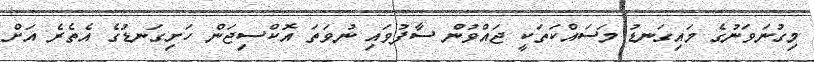
މިގުނަވަނުގެ މައިގަނޑު މަސައްކަތަކީ ޖައްވުން ސާފުވައި ނުވަތަ އޮކްސިޖަން ހަށިގަނޑުގެ އެތެރެ އަށް